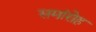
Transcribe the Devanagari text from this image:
समांरोह